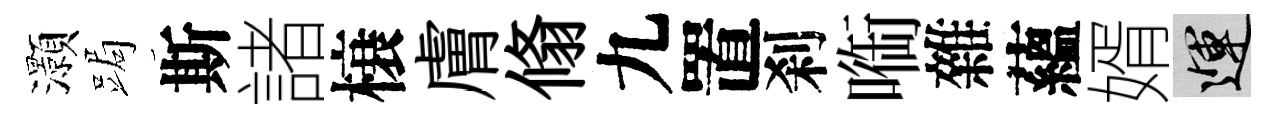
灝跼斯諸榱膚翛九置刹㗸雜蘊婿運